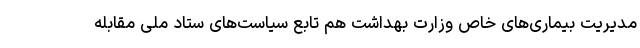
مدیریت بیماری‌های خاص وزارت بهداشت هم تابع سیاست‌های ستاد ملی مقابله